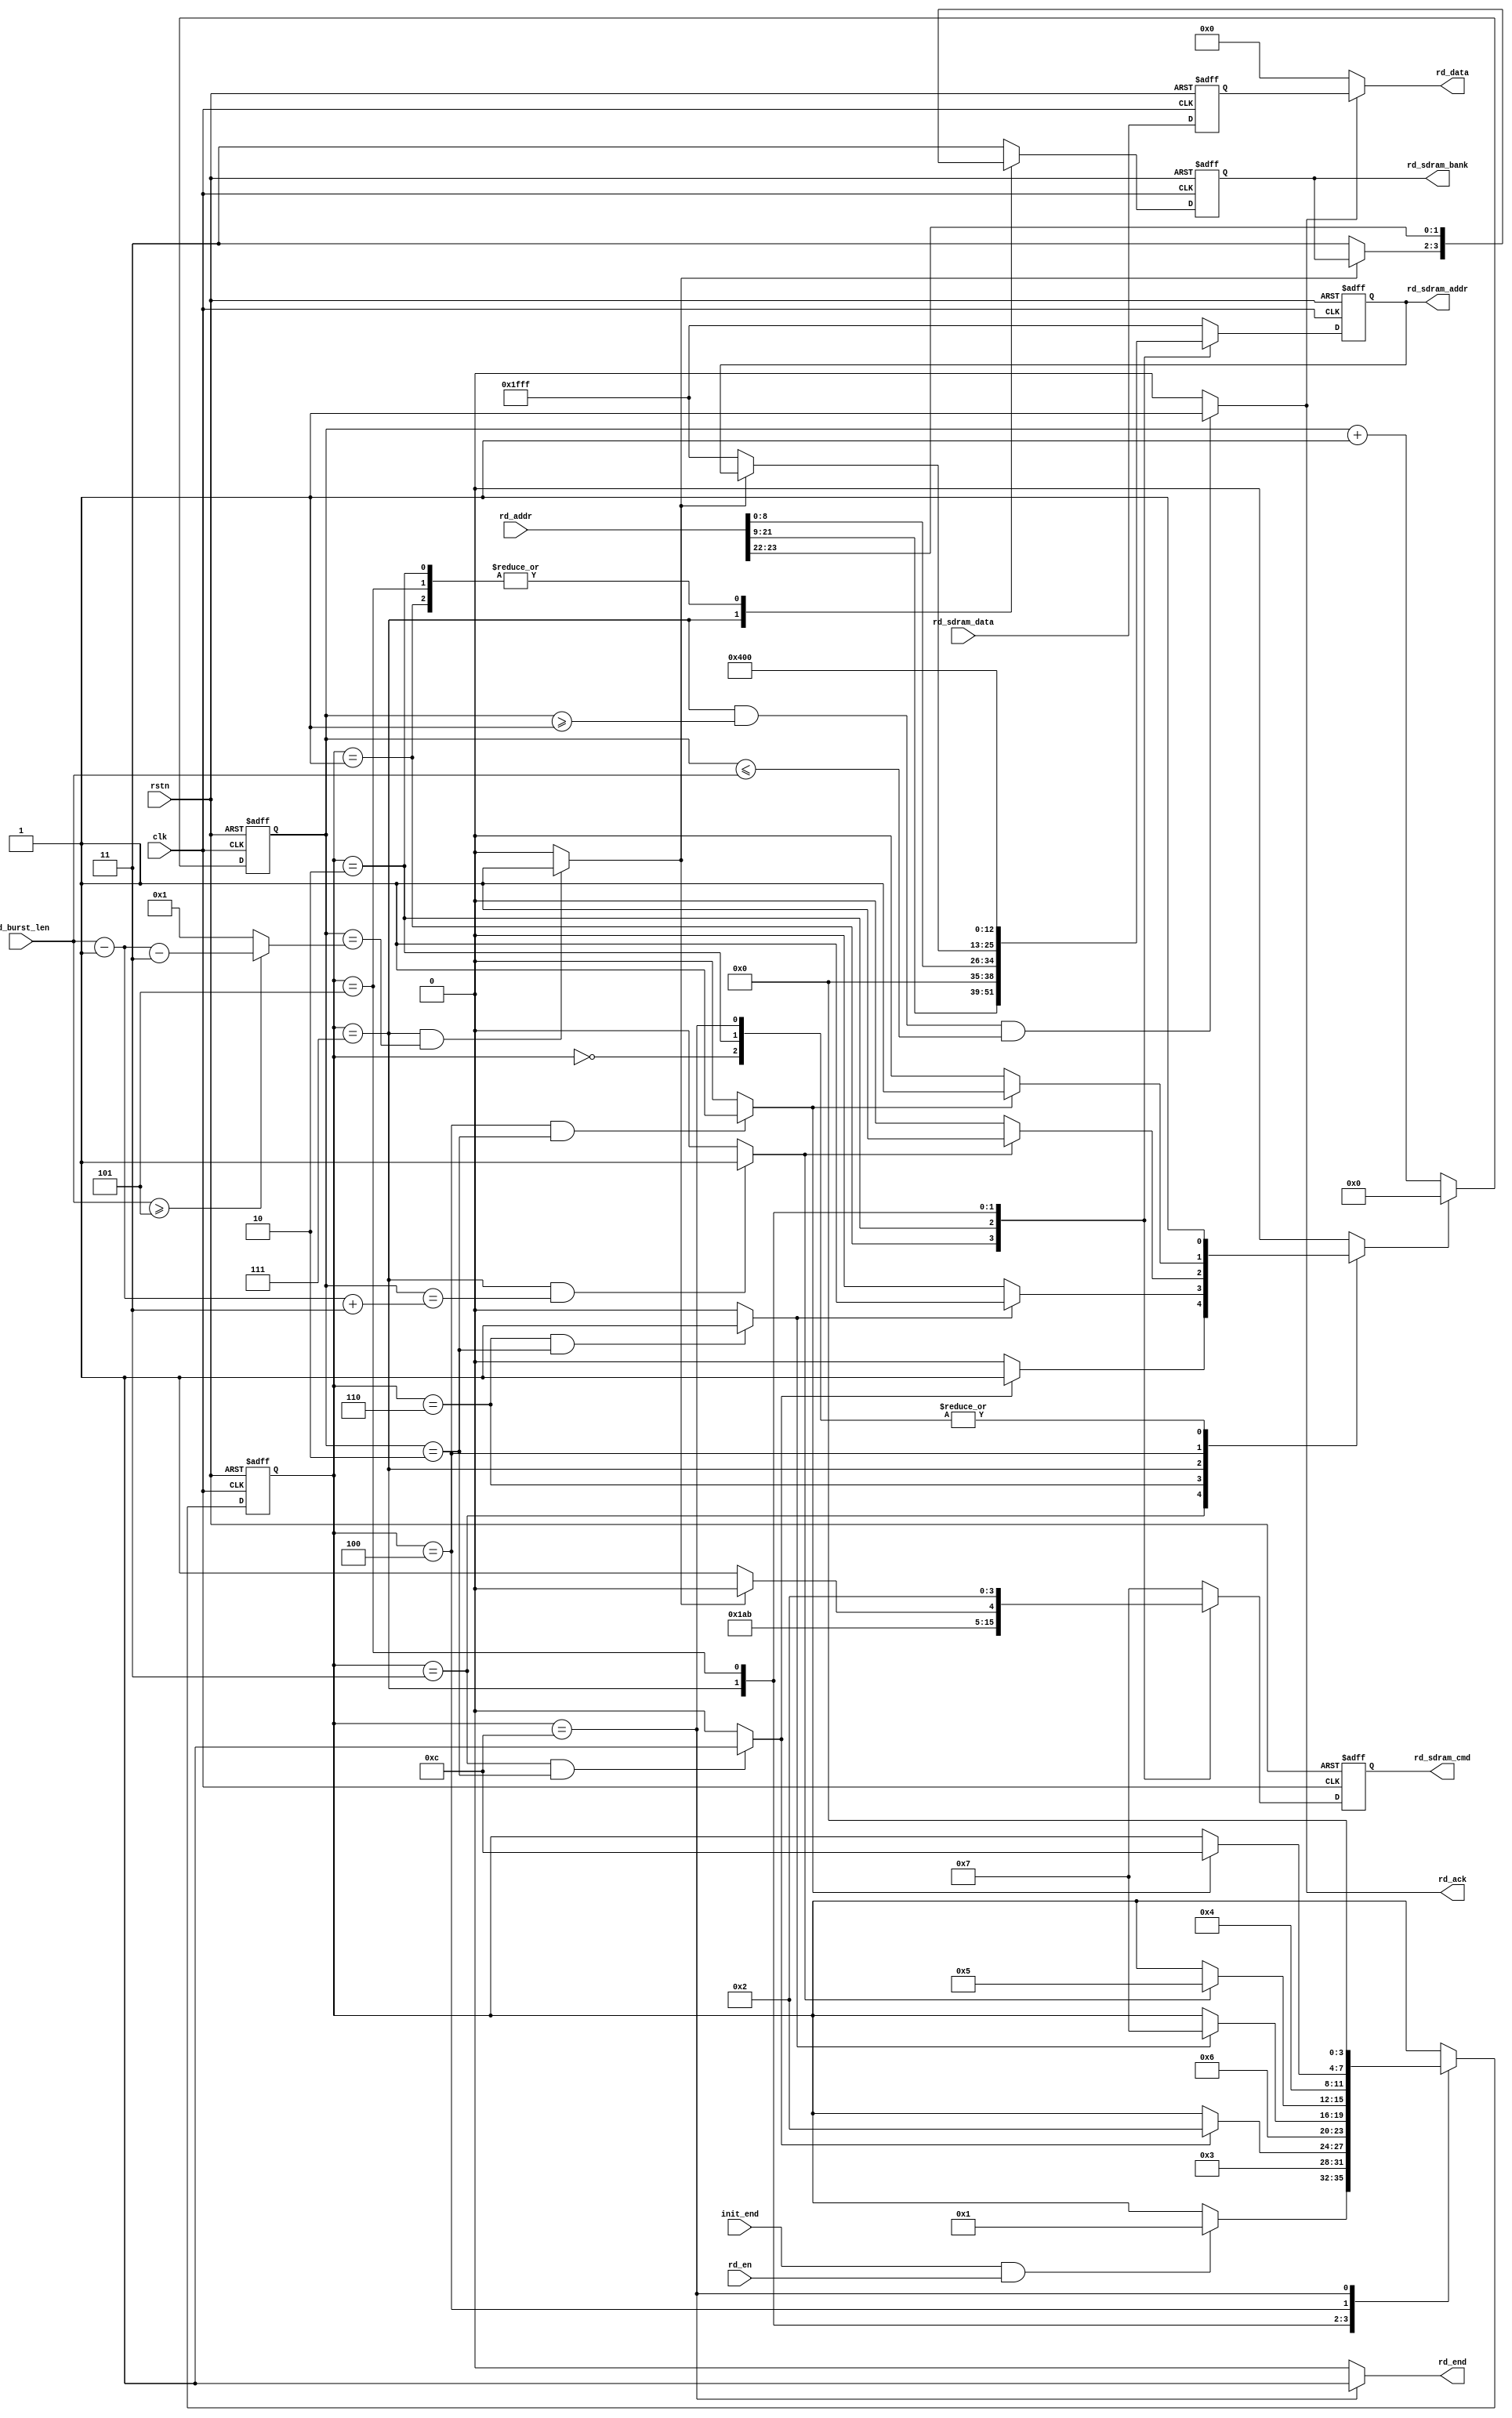
//============================================================================//
// ****************************** Informations ****************************** //
//============================================================================//
// Auther       :   Crista Y.Z.Li 
// Module name  :   sdram_read
// Project name :   sdram_controller 
// Device       :   Intel Altera EP4CE10F17C8
//                  winbond W9825G6KH-6
// Tool Version :   Quartus Prime 18.0 
//                  ModelsimSE-64 2020.4
// Descreption  :   SDRAM Controller Read Module
//
//============================================================================//

module sdram_read (
    input                               clk                 ,
    input                               rstn                ,
    input                               init_end            ,
    input           [23:0]              rd_addr             ,
    // rd_addr [23:0] = {rd_bank[1:0], rd_row[8:0], rd_col[12:0]}
    input           [15:0]              rd_sdram_data       ,
    input           [9:0]               rd_burst_len        ,
    input                               rd_en               ,
    
    output  wire                        rd_end              ,
    output  wire                        rd_ack              ,
    output  wire    [15:0]              rd_data             ,
    output  reg     [3:0]               rd_sdram_cmd        ,
    output  reg     [1:0]               rd_sdram_bank       ,
    output  reg     [12:0]              rd_sdram_addr       
);

//============================================================================//
// ********************* parameters & Internal Signals ********************** //
//============================================================================//
// states of State Machine
localparam      RD_IDLE                 =       4'b0000                 ;
localparam      RD_ACT                  =       4'b0001                 ;
localparam      RD_TRCD                 =       4'b0011                 ;
localparam      RD_REA                  =       4'b0010                 ;
localparam      RD_CL                   =       4'b0110                 ;
localparam      RD_DATA                 =       4'b0111                 ;
localparam      RD_PREC                 =       4'b0101                 ;
localparam      RD_TRP                  =       4'b0100                 ;
localparam      RD_END                  =       4'b1100                 ;
// Maximum Timer Delay Value
localparam      TRCD                    =       2'd2                    ;
localparam      TRD                     =       2'd2                    ;
localparam      TCL                     =       2'd3                    ;
localparam      TRP                     =       2'd2                    ;
// Commands
localparam      NOP                     =       4'b0111                 ;
localparam      ACT                     =       4'b0011                 ;
localparam      PREC                    =       4'b0010                 ;
localparam      READ                    =       4'b0101                 ;
localparam      BUST                    =       4'b0110                 ;

wire                                            trcd_end                ;
wire                                            tcl_end                 ;
wire                                            trd_end                 ;
wire                                            trp_end                 ;
wire                [9:0]                       bust_max                ;
wire                                            rd_burst_end            ;
reg                 [15:0]                      rd_sdram_data_reg       ;
reg                 [3:0]                       rd_state                ;
reg                 [9:0]                       cnt_clk                 ;
reg                                             cnt_clk_rst             ;

//============================================================================//
// ******************************* Main Code ******************************** //
//============================================================================//
// read data register
always @(posedge clk or negedge rstn) begin
    if (rstn == 1'b0)
        rd_sdram_data_reg       <=      16'd0;
    else
        rd_sdram_data_reg       <=      rd_sdram_data;
end
// ----------------------------- state machine ------------------------------ //
always @(posedge clk or negedge rstn) begin
    if (rstn == 1'b0)
        rd_state        <=      RD_IDLE;
    else case (rd_state)
        RD_IDLE :
            if ((init_end == 1'b1) && (rd_en == 1'b1))
                rd_state        <=      RD_ACT;
            else
                rd_state        <=      rd_state;
        RD_ACT  :
            rd_state        <=      RD_TRCD;
        RD_TRCD :
            if (trcd_end == 1'b1)
                rd_state        <=      RD_REA;
            else
                rd_state        <=      rd_state;
        RD_REA  :
            rd_state        <=      RD_CL;
        RD_CL   :
            if (tcl_end == 1'b1)
                rd_state        <=      RD_DATA;
            else
                rd_state        <=      rd_state;
        RD_DATA :
            if (trd_end == 1'b1)
                rd_state        <=      RD_PREC;
            else
                rd_state        <=      rd_state;
        RD_PREC :
            rd_state        <=      RD_TRP;
        RD_TRP  :
            if (trp_end == 1'b1)
                rd_state        <=      RD_END;
            else
                rd_state        <=      rd_state;
        RD_END  :
            rd_state        <=      RD_IDLE;
        default :
            rd_state        <=      rd_state;
    endcase
end
// -------------------------------------------------------------------------- //
// counter reset signal
always @(posedge clk or negedge rstn) begin
    if (rstn == 1'b0)
        cnt_clk     <=  10'd0;
    else if (cnt_clk_rst == 1'b1)
        cnt_clk     <=  10'd0;
    else
        cnt_clk     <=  cnt_clk + 1'b1;
end

always @( *) begin
    case (rd_state)
        RD_IDLE : cnt_clk_rst   <=  1'b1;
        RD_TRCD : cnt_clk_rst   <=  (trcd_end == 1'b1) ? 1'b1 : 1'b0;
        RD_REA  : cnt_clk_rst   <=  1'b1;
        RD_CL   : cnt_clk_rst   <=  (tcl_end == 1'b1) ? 1'b1 : 1'b0;
        RD_DATA : cnt_clk_rst   <=  (trd_end == 1'b1) ? 1'b1 : 1'b0;
        RD_TRP  : cnt_clk_rst   <=  (trp_end == 1'b1) ? 1'b1 : 1'b0;
        RD_END  : cnt_clk_rst   <=  1'b1;
        default : cnt_clk_rst   <=  1'b0;
    endcase
end

assign trcd_end = ((rd_state == RD_TRCD)  && 
                   (cnt_clk == TRCD))  ? 1'b1 : 1'b0;

assign tcl_end  = ((rd_state == RD_CL)  && 
                   (cnt_clk == TCL - 1'b1))  ? 1'b1 : 1'b0;
                   
assign trd_end  = ((rd_state == RD_DATA) && 
                   (cnt_clk == (rd_burst_len - 1'b1 + TCL))) ? 1'b1 : 1'b0;

assign trp_end  = ((rd_state == RD_TRP) && 
                   (cnt_clk == TRP)) ? 1'b1 : 1'b0;

assign bust_max = (rd_burst_len >= (2'd2 + TCL))
                  ? (rd_burst_len - 1'b1 - TCL) : 10'd1;

assign rd_burst_end = ((rd_state == RD_DATA) &&
                       (cnt_clk == bust_max)) ? 1'b1 : 1'b0;

assign rd_ack = ((rd_state == RD_DATA) && 
                 (cnt_clk >= 10'd1) && 
                 (cnt_clk <= rd_burst_len)) ? 1'b1 : 1'b0;

assign rd_end = (rd_state == RD_END) ? 1'b1 : 1'b0;
// Commands
always @(posedge clk or negedge rstn) begin
    if (rstn == 1'b0) begin
        rd_sdram_cmd    <=      NOP;
        rd_sdram_bank   <=      2'b11;
        rd_sdram_addr   <=      13'h1fff;
    end
    else case (rd_state)
        RD_IDLE,RD_TRCD,RD_TRP :
            begin
                rd_sdram_cmd    <=      NOP;
                rd_sdram_bank   <=      2'b11;
                rd_sdram_addr   <=      13'h1fff;
            end
        RD_ACT :
            begin
                rd_sdram_cmd    <=      ACT;
                rd_sdram_bank   <=      rd_addr[23:22];
                rd_sdram_addr   <=      rd_addr[21:9];
            end
        RD_REA :
            begin
                rd_sdram_cmd    <=      READ;
                rd_sdram_bank   <=      rd_addr[23:22];
                rd_sdram_addr   <=      {4'b0000, rd_addr[8:0]};
            end
        RD_DATA:
            if (rd_burst_end == 1'b1)
                rd_sdram_cmd    <=      BUST;
            else begin
                rd_sdram_cmd    <=      NOP;
                rd_sdram_bank   <=      2'b11;
                rd_sdram_addr   <=      13'h1fff;
            end
        RD_PREC:
            begin
                rd_sdram_cmd    <=      PREC;
                rd_sdram_bank   <=      rd_addr[23:22];
                rd_sdram_addr   <=      13'h0400;
            end
        RD_END :
            begin
                rd_sdram_cmd    <=      NOP;
                rd_sdram_bank   <=      2'b11;
                rd_sdram_addr   <=      13'h1fff;
            end
        default :
            begin
                rd_sdram_cmd    <=      NOP;
                rd_sdram_bank   <=      2'b11;
                rd_sdram_addr   <=      13'h1fff;
            end
    endcase
end
// output data
assign rd_data = (rd_ack == 1'b1) ? rd_sdram_data_reg : 16'd0;

endmodule //sdram_read